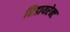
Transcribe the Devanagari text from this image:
रिडायरेक्ट